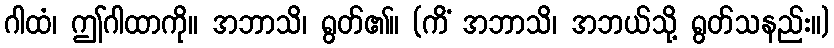
ဂါထံ၊ ဤဂါထာကို။ အဘာသိ၊ ရွတ်၏။ (ကိံ အဘာသိ၊ အဘယ်သို့ ရွတ်သနည်း။)